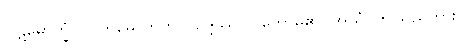
ပါဋိမောက္ခံ၊ (ပါတိမောက်ကို)။ ဥဒ္ဒိဿိ၊ ပြတော်မူ၏။ အယံ၊ ဤသည်ကား။